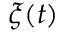
\xi ( t )